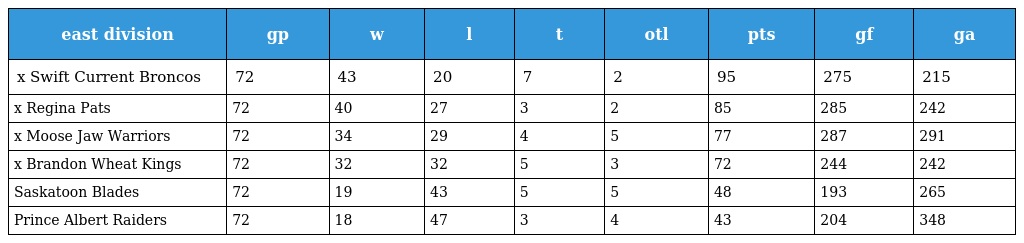
| east division | gp | w | l | t | otl | pts | gf | ga |
 | --- | --- | --- | --- | --- | --- | --- | --- | --- |
 | x Swift Current Broncos | 72 | 43 | 20 | 7 | 2 | 95 | 275 | 215 |
 | x Regina Pats | 72 | 40 | 27 | 3 | 2 | 85 | 285 | 242 |
 | x Moose Jaw Warriors | 72 | 34 | 29 | 4 | 5 | 77 | 287 | 291 |
 | x Brandon Wheat Kings | 72 | 32 | 32 | 5 | 3 | 72 | 244 | 242 |
 | Saskatoon Blades | 72 | 19 | 43 | 5 | 5 | 48 | 193 | 265 |
 | Prince Albert Raiders | 72 | 18 | 47 | 3 | 4 | 43 | 204 | 348 |